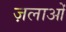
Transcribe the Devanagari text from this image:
ज़लाओं